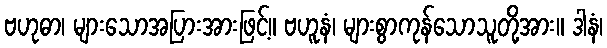
ဗဟုဓာ၊ များသောအပြားအားဖြင့်။ ဗဟူနံ၊ များစွာကုန်သောသူတို့အား။ ဒါနံ၊